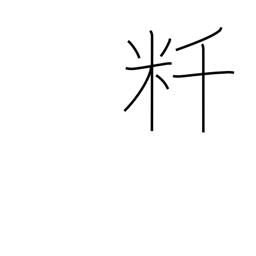
Meaning: kilometer